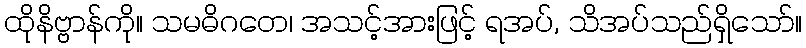
ထိုနိဗ္ဗာန်ကို။ သမဓိဂတေ၊ အသင့်အားဖြင့် ရအပ်, သိအပ်သည်ရှိသော်။